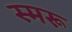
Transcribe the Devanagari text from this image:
स्मरू